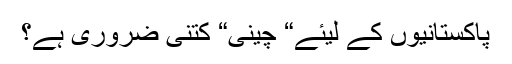
پاکستانیوں کے لیئے“ چینی“ کتنی ضروری ہے؟